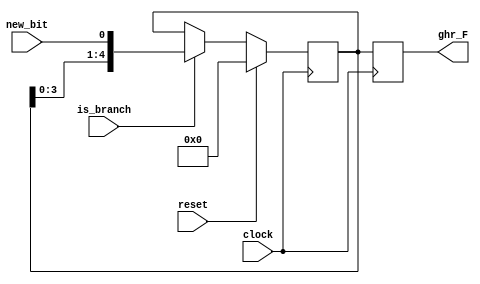
module GlobalHistoryRegister(
    input wire clock,       // Clock signal
    input wire reset,       // Reset signal
    input wire new_bit,  // Value to set in the GHR
	 input wire is_branch,
    output reg [4:0] ghr_F      // Global History Register
);
reg [4:0] ghr;

always @(negedge clock ) begin
    if (reset) begin
        // Reset the GHR to all zeros
        ghr <= 0;
    end else begin
        // Shift the GHR to the left
        if (is_branch) ghr <= {ghr[3:0], new_bit};
    end
end
always @(posedge clock) ghr_F <= ghr;

endmodule